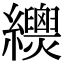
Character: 𦇳